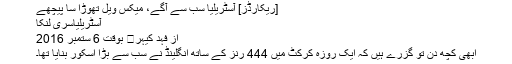
[ریکارڈز] آسٹریلیا سب سے آگے، میکس ویل تھوڑا سا پیچھے
آسٹریلیاسری لنکا
از فہد کیہر	 بوقت 6 ستمبر 2016
ابھی کچھ دن تو گزرے ہیں کہ ایک روزہ کرکٹ میں 444 رنز کے ساتھ انگلینڈ نے سب سے بڑا اسکور بنایا تھا۔